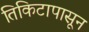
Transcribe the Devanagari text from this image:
तिकिटापासून